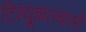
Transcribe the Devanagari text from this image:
टिश्यू्कल्चरने